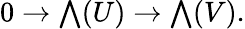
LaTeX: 0\to{\textstyle\bigwedge}(U)\to{\textstyle\bigwedge}(V).